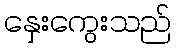
နှေးကွေးသည်